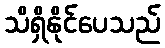
သိရှိနိုင်ပေသည်